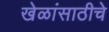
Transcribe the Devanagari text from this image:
खेळांसाठीचे